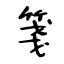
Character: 箋